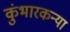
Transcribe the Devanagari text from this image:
कुंभारकन्या